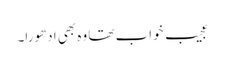
عجیب خواب تھا وہ بھی ادھورا۔